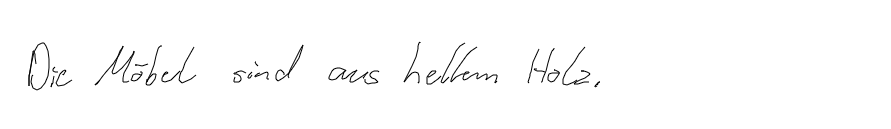
Die Möbel sind aus hellem Holz.